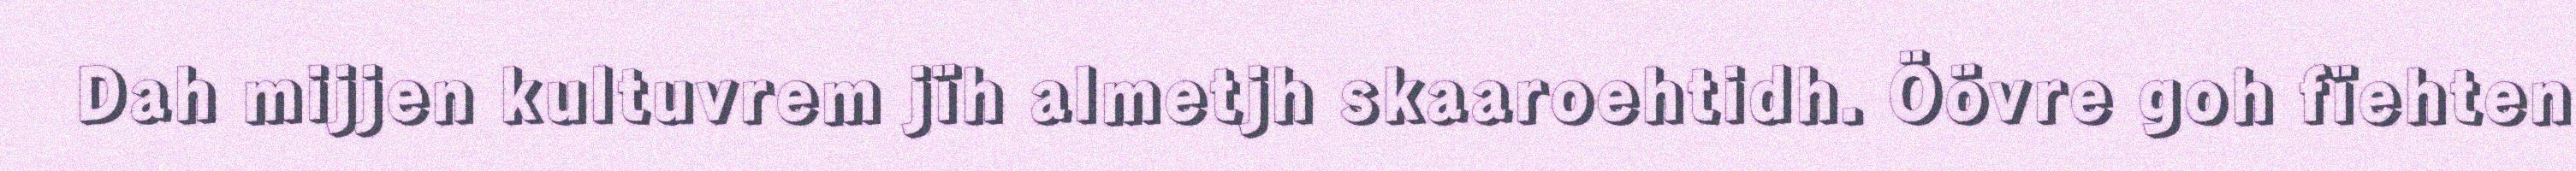
Dah mijjen kultuvrem jïh almetjh skaaroehtidh. Öövre goh fïehten